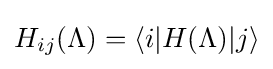
H_{ij}(\Lambda )=\langle i|H(\Lambda )|j\rangle